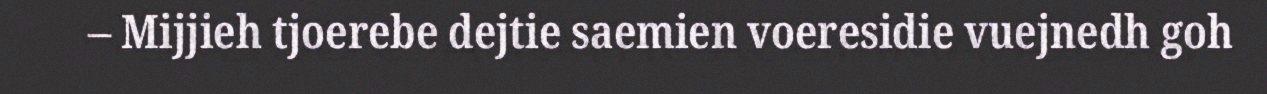
– Mijjieh tjoerebe dejtie saemien voeresidie vuejnedh goh